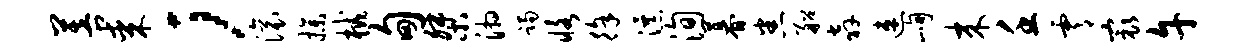
菩某；滚操械甸桀湘躅恪徐瀑洵暮悉船奔速峋来壬霄最午